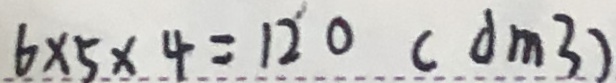
6 \times 5 \times 4 = 1 2 0 ( d m ^ { 3 } )